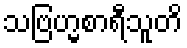
သဗြဟ္မစာရီသူတိ